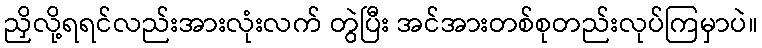
ညှိလို့ရရင်လည်းအားလုံးလက် တွဲပြီး အင်အားတစ်စုတည်းလုပ်ကြမှာပဲ။